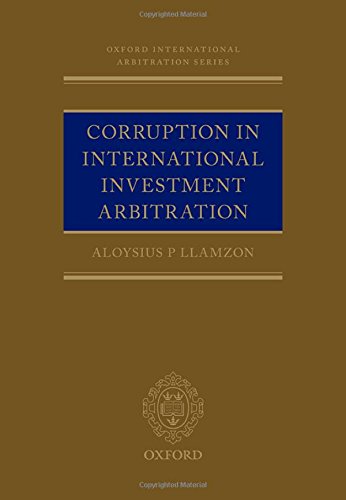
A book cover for Corruption in International Investment Arbitration (Oxford International Arbitration Series); Aloysius P Llamzon; Law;